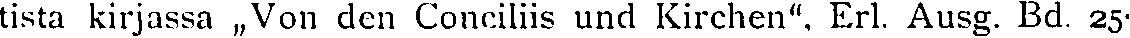
tista kirjassa „Von den Conciliis und Kirchen", Erl. Ausg. Bd. 25-